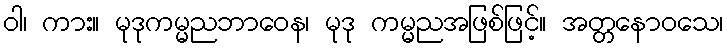
ဝါ၊ ကား။ မုဒုကမ္မညဘာဝေန၊ မုဒု ကမ္မညအဖြစ်ဖြင့်။ အတ္တနောဝသေ၊